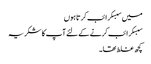
میں سبسکرائب کرتا ہوں
سبسکرائب کرنے کے لئے آپ کا شکریہ
کچھ غلط تھا۔